Insane asylums in Bengal annual reports 1876-1887 - 1876-1887
Year: 1876
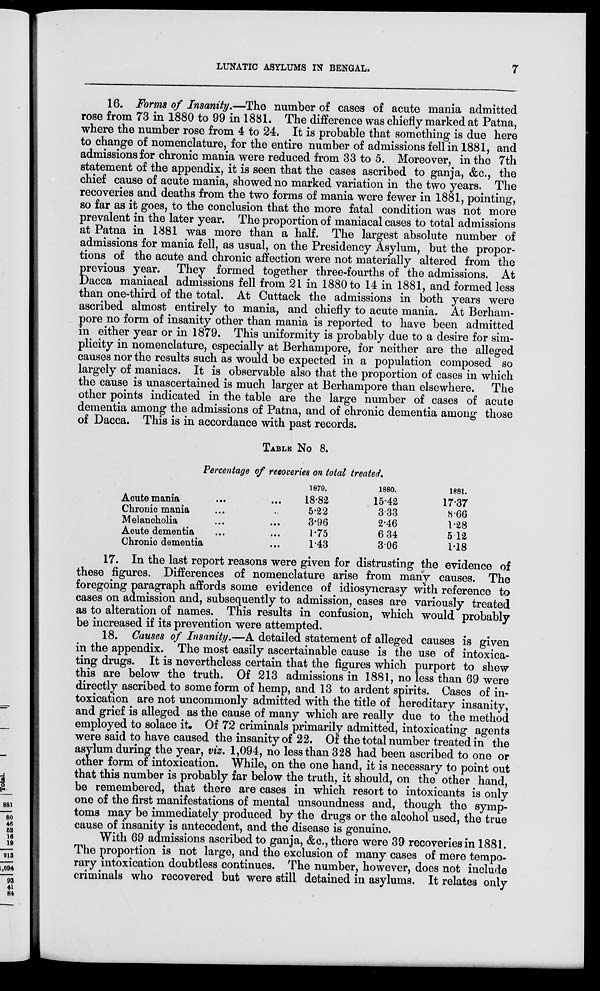
LUNATIC ASYLUMS IN BENGAL.
7
16. Forms of Insanity.—The number of cases of acute mania admitted
rose from 73 in 1880 to 99 in 1881. The difference was chiefly marked at Patna,
where the number rose from 4 to 24. It is probable that something is due here
to change of nomenclature, for the entire number of admissions fell in 1881, and
admissions for chronic mania were reduced from 33 to 5. Moreover, in the 7th
statement of the appendix, it is seen that the cases ascribed to ganja, &c., the
chief cause of acute mania, showed no marked variation in the two years. The
recoveries and deaths from the two forms of mania were fewer in 1881, pointing,
so far as it goes, to the conclusion that the more fatal condition was not more
prevalent in the later year. The proportion of maniacal cases to total admissions
at Patna in 1881 was more than a half. The largest absolute number of
admissions for mania fell, as usual, on the Presidency Asylum, but the propor-
tions of the acute and chronic affection were not materially altered from the
previous year. They formed together three-fourths of the admissions. At
Dacca maniacal admissions fell from 21 in 1880 to 14 in 1881, and formed less
than one-third of the total. At Cuttack the admissions in both years were
ascribed almost entirely to mania, and chiefly to acute mania. At Berham-
pore no form of insanity other than mania is reported to have been admitted
in either year or in 1879. This uniformity is probably due to a desire for sim-
plicity in nomenclature, especially at Berhampore, for neither are the alleged
causes nor the results such as would be expected in a population composed so
largely of maniacs. It is observable also that the proportion of cases in which
the cause is unascertained is much larger at Berhampore than elsewhere. The
other points indicated in the table are the large number of cases of acute
dementia among the admissions of Patna, and of chronic dementia among those
of Dacca. This is in accordance with past records.
TABLE No 8.
Percentage of recoveries on total treated.
Acute mania ... ...
Chronic mania ... ...
Melancholia ... ...
Acute dementia ... ...
Chronic dementia ...
1879.
18.82
5.22
3.96
1.75
1.43
1880.
15.42
3.33
2.46
6.34
3.06
1881.
17.37
8.66
1.28
5.12
1.18
17. In the last report reasons were given for distrusting the evidence of
these figures. Differences of nomenclature arise from many causes. The
foregoing paragraph affords some evidence of idiosyncrasy with reference to
cases on admission and, subsequently to admission, cases are variously treated
as to alteration of names. This results in confusion, which would probably
be increased if its prevention were attempted.
18. Causes of Insanity.—A detailed statement of alleged causes is given
in the appendix. The most easily ascertainable cause is the use of intoxica-
ting drugs. It is nevertheless certain that the figures which purport to shew
this are below the truth. Of 213 admissions in 1881, no less than 69 were
directly ascribed to some form of hemp, and 13 to ardent spirits. Cases of in-
toxication are not uncommonly admitted with the title of hereditary insanity,
and grief is alleged as the cause of many which are really due to the method
employed to solace it. Of 72 criminals primarily admitted, intoxicating agents
were said to have caused the insanity of 22. Of the total number treated in the
asylum during the year, viz. 1,094, no less than 328 had been ascribed to one or
other form of intoxication. While, on the one hand, it is necessary to point out
that this number is probably far below the truth, it should, on the other hand,
be remembered, that there are cases in which resort to intoxicants is only
one of the first manifestations of mental unsoundness and, though the symp-
toms may be immediately produced by the drugs or the alcohol used, the true
cause of insanity is antecedent, and the disease is genuine.
With 69 admissions ascribed to ganja, &c., there were 39 recoveries in 1881.
The proportion is not large, and the exclusion of many cases of mere tempo-
rary intoxication doubtless continues. The number, however, does not include
criminals who recovered but were still detained in asylums. It relates only